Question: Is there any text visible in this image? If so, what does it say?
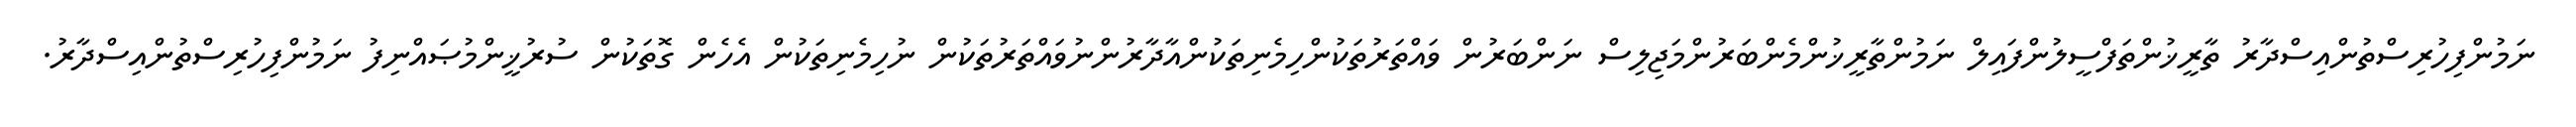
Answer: ނަމުންފިހުރިސްތުންއިސްދާރު ތާރީޚުންތަފްސީލުންފައިލް ނަމުންތާރީޚުންމެންބަރުންމަޖިލިސް ނަންބަރުން ވައްތަރުތަކުންހިމެނިތަކުންއާދާރުންނުވައްތަރުތަކުން ނުހިމެނިތަކުން އެހެން ގޮތަކުން ސުރުޚީންމުޞައްނިފު ނަމުންފިހުރިސްތުންއިސްދާރު.